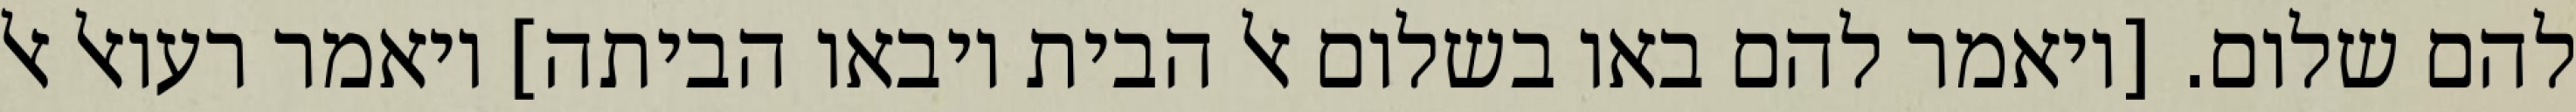
להם שלום. [ויאמר להם באו בשלום אל הבית ויבאו הביתה] ויאמר רעואל אל